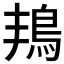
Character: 𮬬